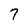
Character: 7